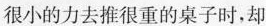
很小的力去推很重的桌子时，却